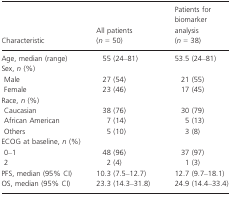
<table><thead><tr><td><b>Characteristic</b></td><td><b>All patients (<i>n</i> = 50)</b></td><td><b>Patients for biomarker analysis (<i>n</i> = 38)</b></td></tr></thead><tbody><tr><td>Age, median (range)</td><td>55 (24–81)</td><td>53.5 (24–81)</td></tr><tr><td colspan="3">Sex, <i>n</i> (%)</td></tr><tr><td>Male</td><td>27 (54)</td><td>21 (55)</td></tr><tr><td>Female</td><td>23 (46)</td><td>17 (45)</td></tr><tr><td colspan="3">Race, <i>n</i> (%)</td></tr><tr><td>Caucasian</td><td>38 (76)</td><td>30 (79)</td></tr><tr><td>African American</td><td>7 (14)</td><td>5 (13)</td></tr><tr><td>Others</td><td>5 (10)</td><td>3 (8)</td></tr><tr><td colspan="3">ECOG at baseline, <i>n</i> (%)</td></tr><tr><td>0–1</td><td>48 (96)</td><td>37 (97)</td></tr><tr><td>2</td><td>2 (4)</td><td>1 (3)</td></tr><tr><td>PFS, median (95% CI)</td><td>10.3 (7.5–12.7)</td><td>12.7 (9.7–18.1)</td></tr><tr><td>OS, median (95% CI)</td><td>23.3 (14.3–31.8)</td><td>24.9 (14.4–33.4)</td></tr></tbody></table>